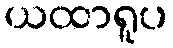
ယထာရူပ